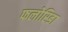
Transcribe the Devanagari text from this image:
फलोरिडा